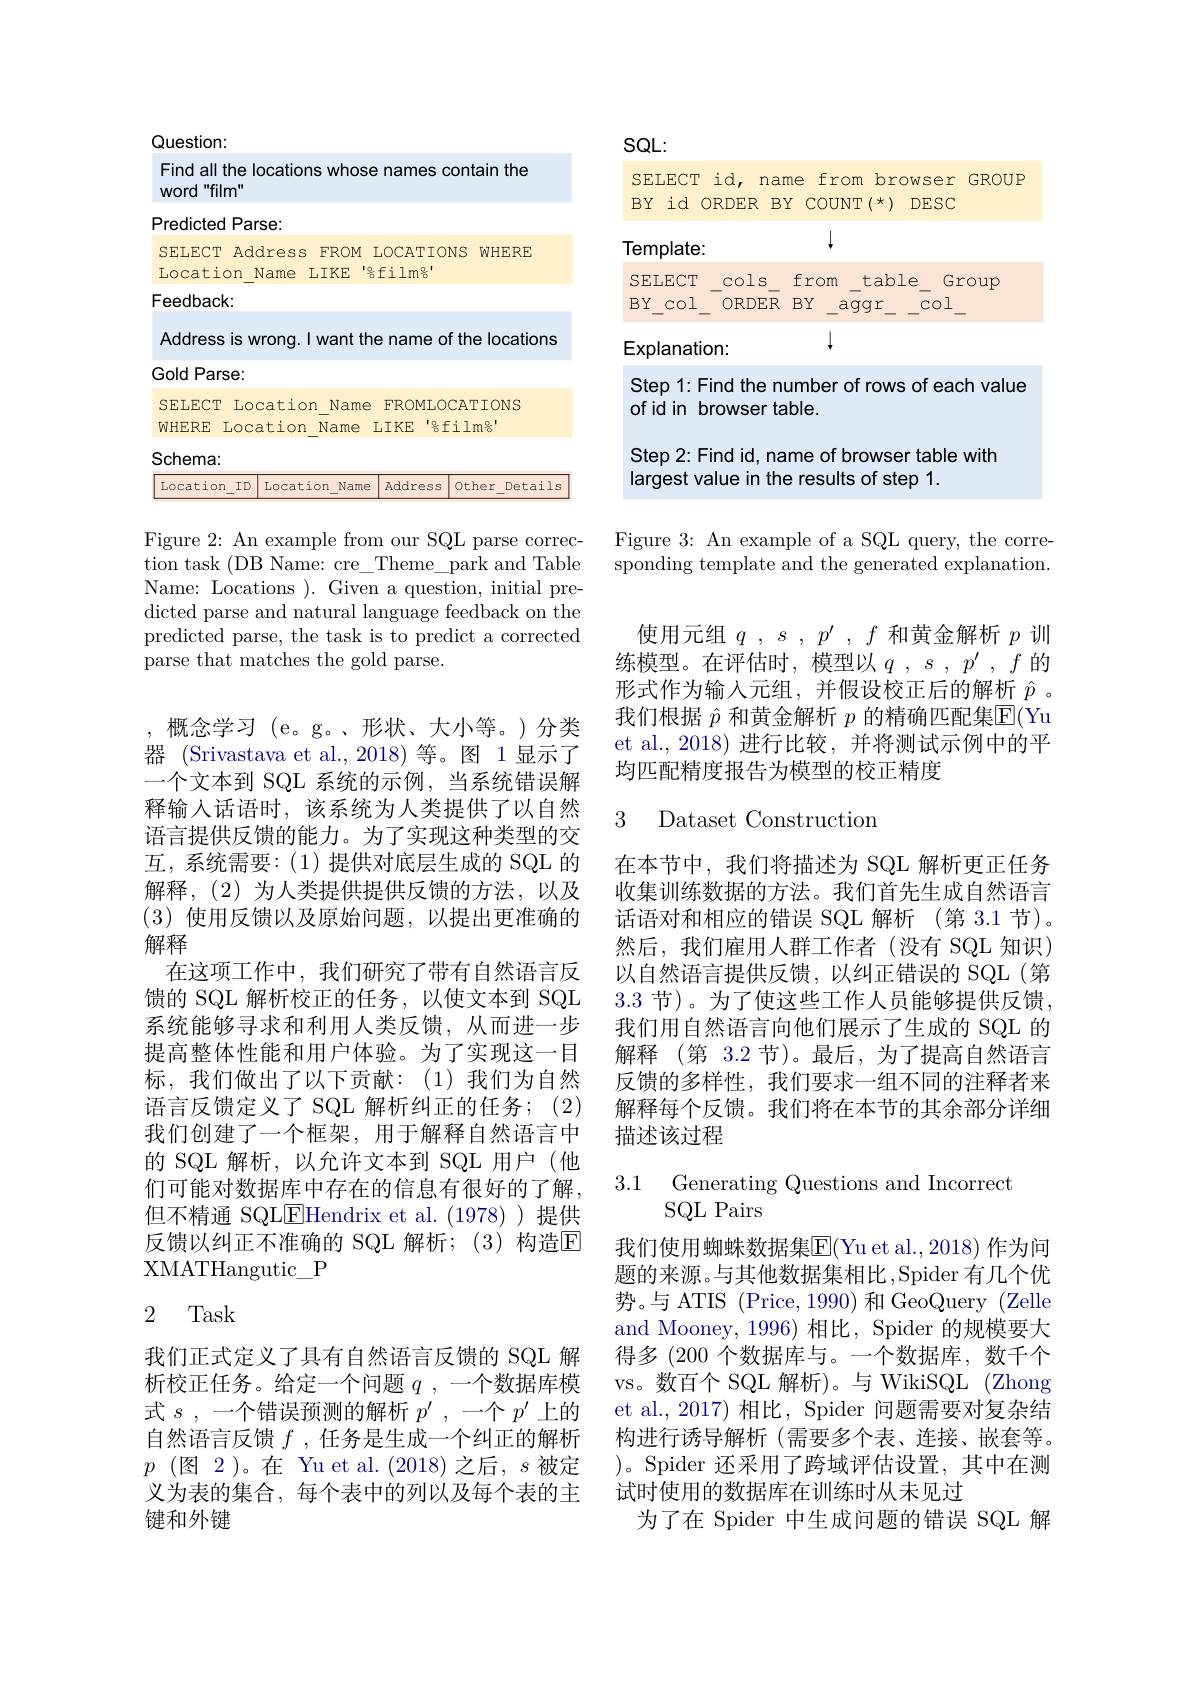
<table>
	<tbody>
		<tr>
			<td>Find all the locations $"film"$ word</td>
			<td>Find all the locations whos word $d^{\text{"film"}}$</td>
			<td>locations who 1</td>
			<td>contain the</td>
		</tr>
		<tr>
			<td>Feedback</td>
			<td>Feedback:</td>
			<td> </td>
			<td> </td>
		</tr>
		<tr>
			<td>Address is wrong. I w</td>
			<td>Address is wrong. I want th</td>
			<td>wrong. I want</td>
			<td>of the locations</td>
		</tr>
		<tr>
			<td>Gold Parse:</td>
			<td>Gold Parse:</td>
			<td> </td>
			<td> </td>
		</tr>
		<tr>
			<td>Location SELECT</td>
			<td>SELECT Location Name</td>
			<td>ocation Nam</td>
			<td>OCATIONS</td>
		</tr>
		<tr>
			<td>WHERE Location N</td>
			<td>WHERE Location Name</td>
			<td>cation Name</td>
			<td>sfilm%</td>
		</tr>
		<tr>
			<td>Schema:</td>
			<td>Schema:</td>
			<td> </td>
			<td> </td>
		</tr>
		<tr>
			<td>Location $ID$ Locatior</td>
			<td>Location $ID$ Location Name</td>
			<td>D Location Nam</td>
			<td>S Other Details</td>
		</tr>
	</tbody>
</table>

Figure 2: An example from our SQL parse correction task (DB Name: cre\_Theme\_park and Table Name: Locations ). Given a question, initial predicted parse and natural language feedback on the predicted parse, the task is to predict a corrected parse that matches the gold parse.

,概念学习(e。g。、形状、大小等。)分类器 (Srivastava et al.,2018)等。图 1显示了一个文本到 SQL 系统的示例，当系统错误解释输入话语时，该系统为人类提供了以自然语言提供反馈的能力。为了实现这种类型的交互，系统需要：(1)提供对底层生成的 SQL 的解释，(2)为人类提供提供反馈的方法，以及(3)使用反馈以及原始问题，以提出更准确的解释
在这项工作中，我们研究了带有自然语言反馈的 SQL 解析校正的任务，以使文本到 SQL 系统能够寻求和利用人类反馈，从而进一步提高整体性能和用户体验。为了实现这一目标，我们做出了以下贡献：(1)我们为自然语言反馈定义了 SQL 解析纠正的任务；(2) 我们创建了一个框架，用于解释自然语言中的 SQL 解析，以允许文本到 SQL 用户(他们可能对数据库中存在的信息有很好的了解， 但不精通 SQL$\underline{\mathrm{E}}$Hendrix et al.(1978))提供反馈以纠正不准确的 SQL 解析；(3)构造$\mathbb{E}$ XMATHangutic\_P

# 2 Task

我们正式定义了具有自然语言反馈的 SQL 解析校正任务。给定一个问题$q$,一个数据库模式 $s$ , -个错误预测的解析 $p^\prime$ , 一 个 $p^{\prime }$ 上的自然语言反馈$f$ ,任务是生成一个纠正的解析$p$(图 2)。在 Yu et al.(2018)之后，$s$被定义为表的集合，每个表中的列以及每个表的主键和外键

$SQL:$

SELECT id, name from browser GROUP

BY id ORDER BY COUNT(*) DESC

$\downarrow$

Template:

SELECT\_cols\_ from\_table\_ Group

$\mathrm{BY\_col_{-}^{-}ORDER}^{-}\:\mathrm{BY}_{-aggr}_{-}^{-}\:\mathrm{\overline{c}ol}_{-}$

1

Explanation:

Step 1: Find the number of rows of each value

ofid in browser table.

Step 2: Find id, name of browser table with

largest value in the results of step 1.

Figure 3: An example of a SQL query, the corresponding template and the generated explanation.
使用元组$q,s,p^\prime,f$和黄金解析$p$训练模型。在评估时，模型以$q,s,p^\prime,f$的形式作为输入元组，并假设校正后的解析$\hat{p}$ 。我们根据$\hat{p}$和黄金解析$p$的精确匹配集$\mathbb{E}($Yu et al.,2018)进行比较，并将测试示例中的平均匹配精度报告为模型的校正精度

3 Dataset Construction

在本节中，我们将描述为 SQL 解析更正任务收集训练数据的方法。我们首先生成自然语言话语对和相应的错误 SQL 解析(第 3.1 节)。然后，我们雇用人群工作者(没有 SQL 知识) 以自然语言提供反馈，以纠正错误的 SQL(第3.3 节)。为了使这些工作人员能够提供反馈， 我们用自然语言向他们展示了生成的 SQL 的解释 (第 3.2 节)。最后，为了提高自然语言反馈的多样性，我们要求一组不同的注释者来解释每个反馈。我们将在本节的其余部分详细描述该过程

3.1 Generating Questions and Incorrect
SQL Pairs

我们使用蜘蛛数据集$\overline{\mathrm{E}}($Yu et al.,2018) 作为问题的来源。与其他数据集相比，Spider 有几个优势。与 ATIS (Price, 1990) 和 GeoQuery (Zelle and Mooney, 1996) 相比，Spider 的规模要大得多 (200 个数据库与。一个数据库，数千个vs。数百个 SQL 解析)。与 WikiSQL (Zhong et al., 2017) 相比，Spider 问题需要对复杂结构进行诱导解析(需要多个表、连接、嵌套等。)。Spider 还采用了跨域评估设置，其中在测试时使用的数据库在训练时从未见过
为了在 Spider 中生成问题的错误 SQL 解